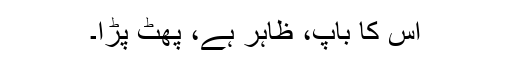
اس کا باپ، ظاہر ہے، پھٹ پڑا۔